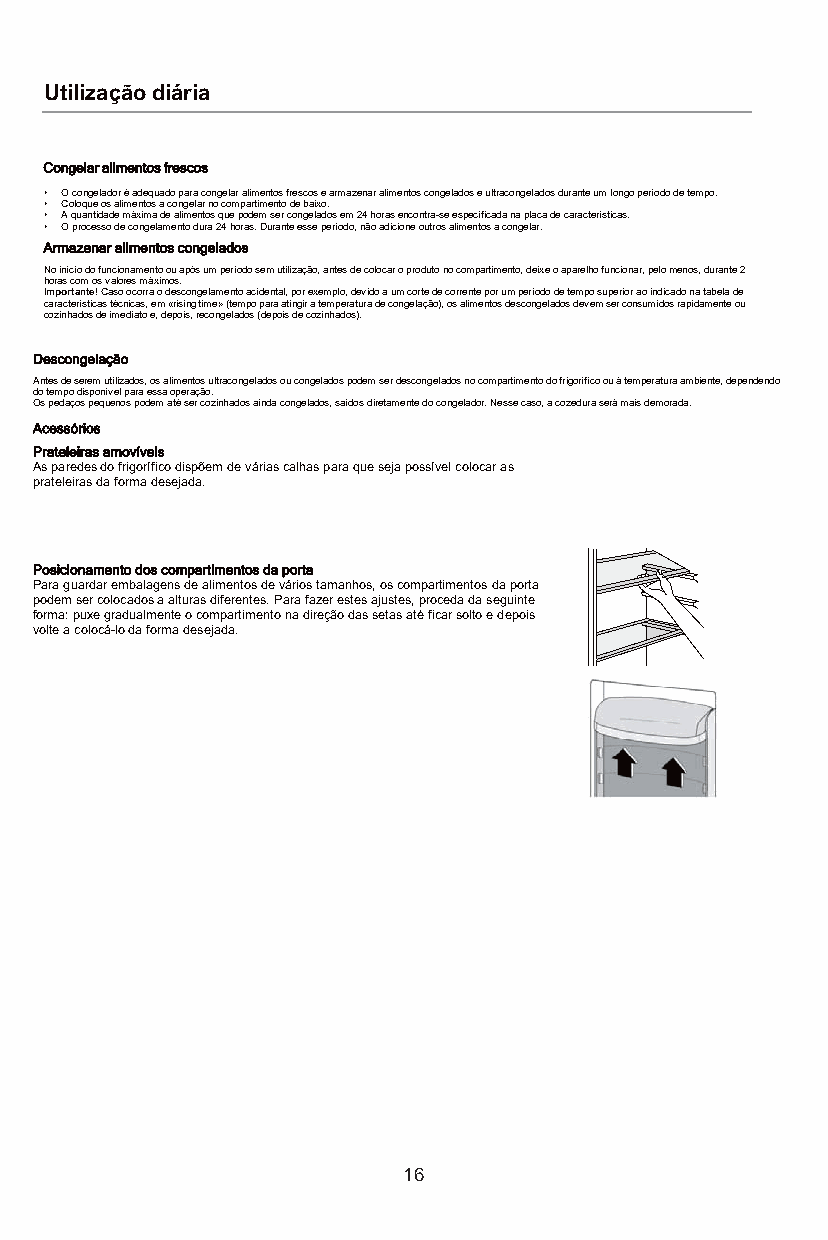
Utilização diária
 CCongelar alimentos frescos
 • O congelador é adequado para congelar alimentos frescos e armazenar alimentos congelados e ultracongelados durante um longo período de tempo.
 • Coloque os alimentos a congelar no compartimento de baixo.
 • A quantidade máxima de alimentos que podem ser congelados em 24 horas encontra-se especificada na placa de características.
 • O processo de congelamento dura 24 horas. Durante esse período, não adicione outros alimentos a congelar.
 Armazenar alimentos congelados
 No início do funcionamento ou após um período sem utilização, antes de colocar o produto no compartimento, deixe o aparelho funcionar, pelo menos, durante 2
 horas com os valores máximos.
 Importante! Caso ocorra o descongelamento acidental, por exemplo, devido a um corte de corrente por um período de tempo superior ao indicado na tabela de
 características técnicas, em «rising time» (tempo para atingir a temperatura de congelação), os alimentos descongelados devemser consumidos rapidamente ou
 cozinhados de imediato e, depois, recongelados (depois de cozinhados).
 Descongelação
 Antes de serem utilizados, os alimentos ultracongelados ou congelados podem ser descongelados no compartimento do frigorífico ou à temperatura ambiente, dependendo
 do tempo disponível para essa operação.
 Os pedaços pequenos podem até ser cozinhados ainda congelados, saídos diretamente do congelador. Nesse caso, a cozedura será mais demorada.
 Acessórios
 Prateleiras amovíveis
 As paredes do frigorífico dispõem de várias calhas para que seja possível colocar as
 prateleiras da forma desejada.
 Posicionamento dos compartimentos da porta
 Para guardar embalagens de alimentos de vários tamanhos, os compartimentos da porta
 podem ser colocados a alturas diferentes. Para fazer estes ajustes, proceda da seguinte
 forma: puxe gradualmente o compartimento na direção das setas até ficar solto e depois
 volte a colocá-lo da forma desejada.
 16